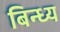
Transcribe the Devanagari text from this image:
बिन्ध्य